Trukikaitis_Postimees, lk 65
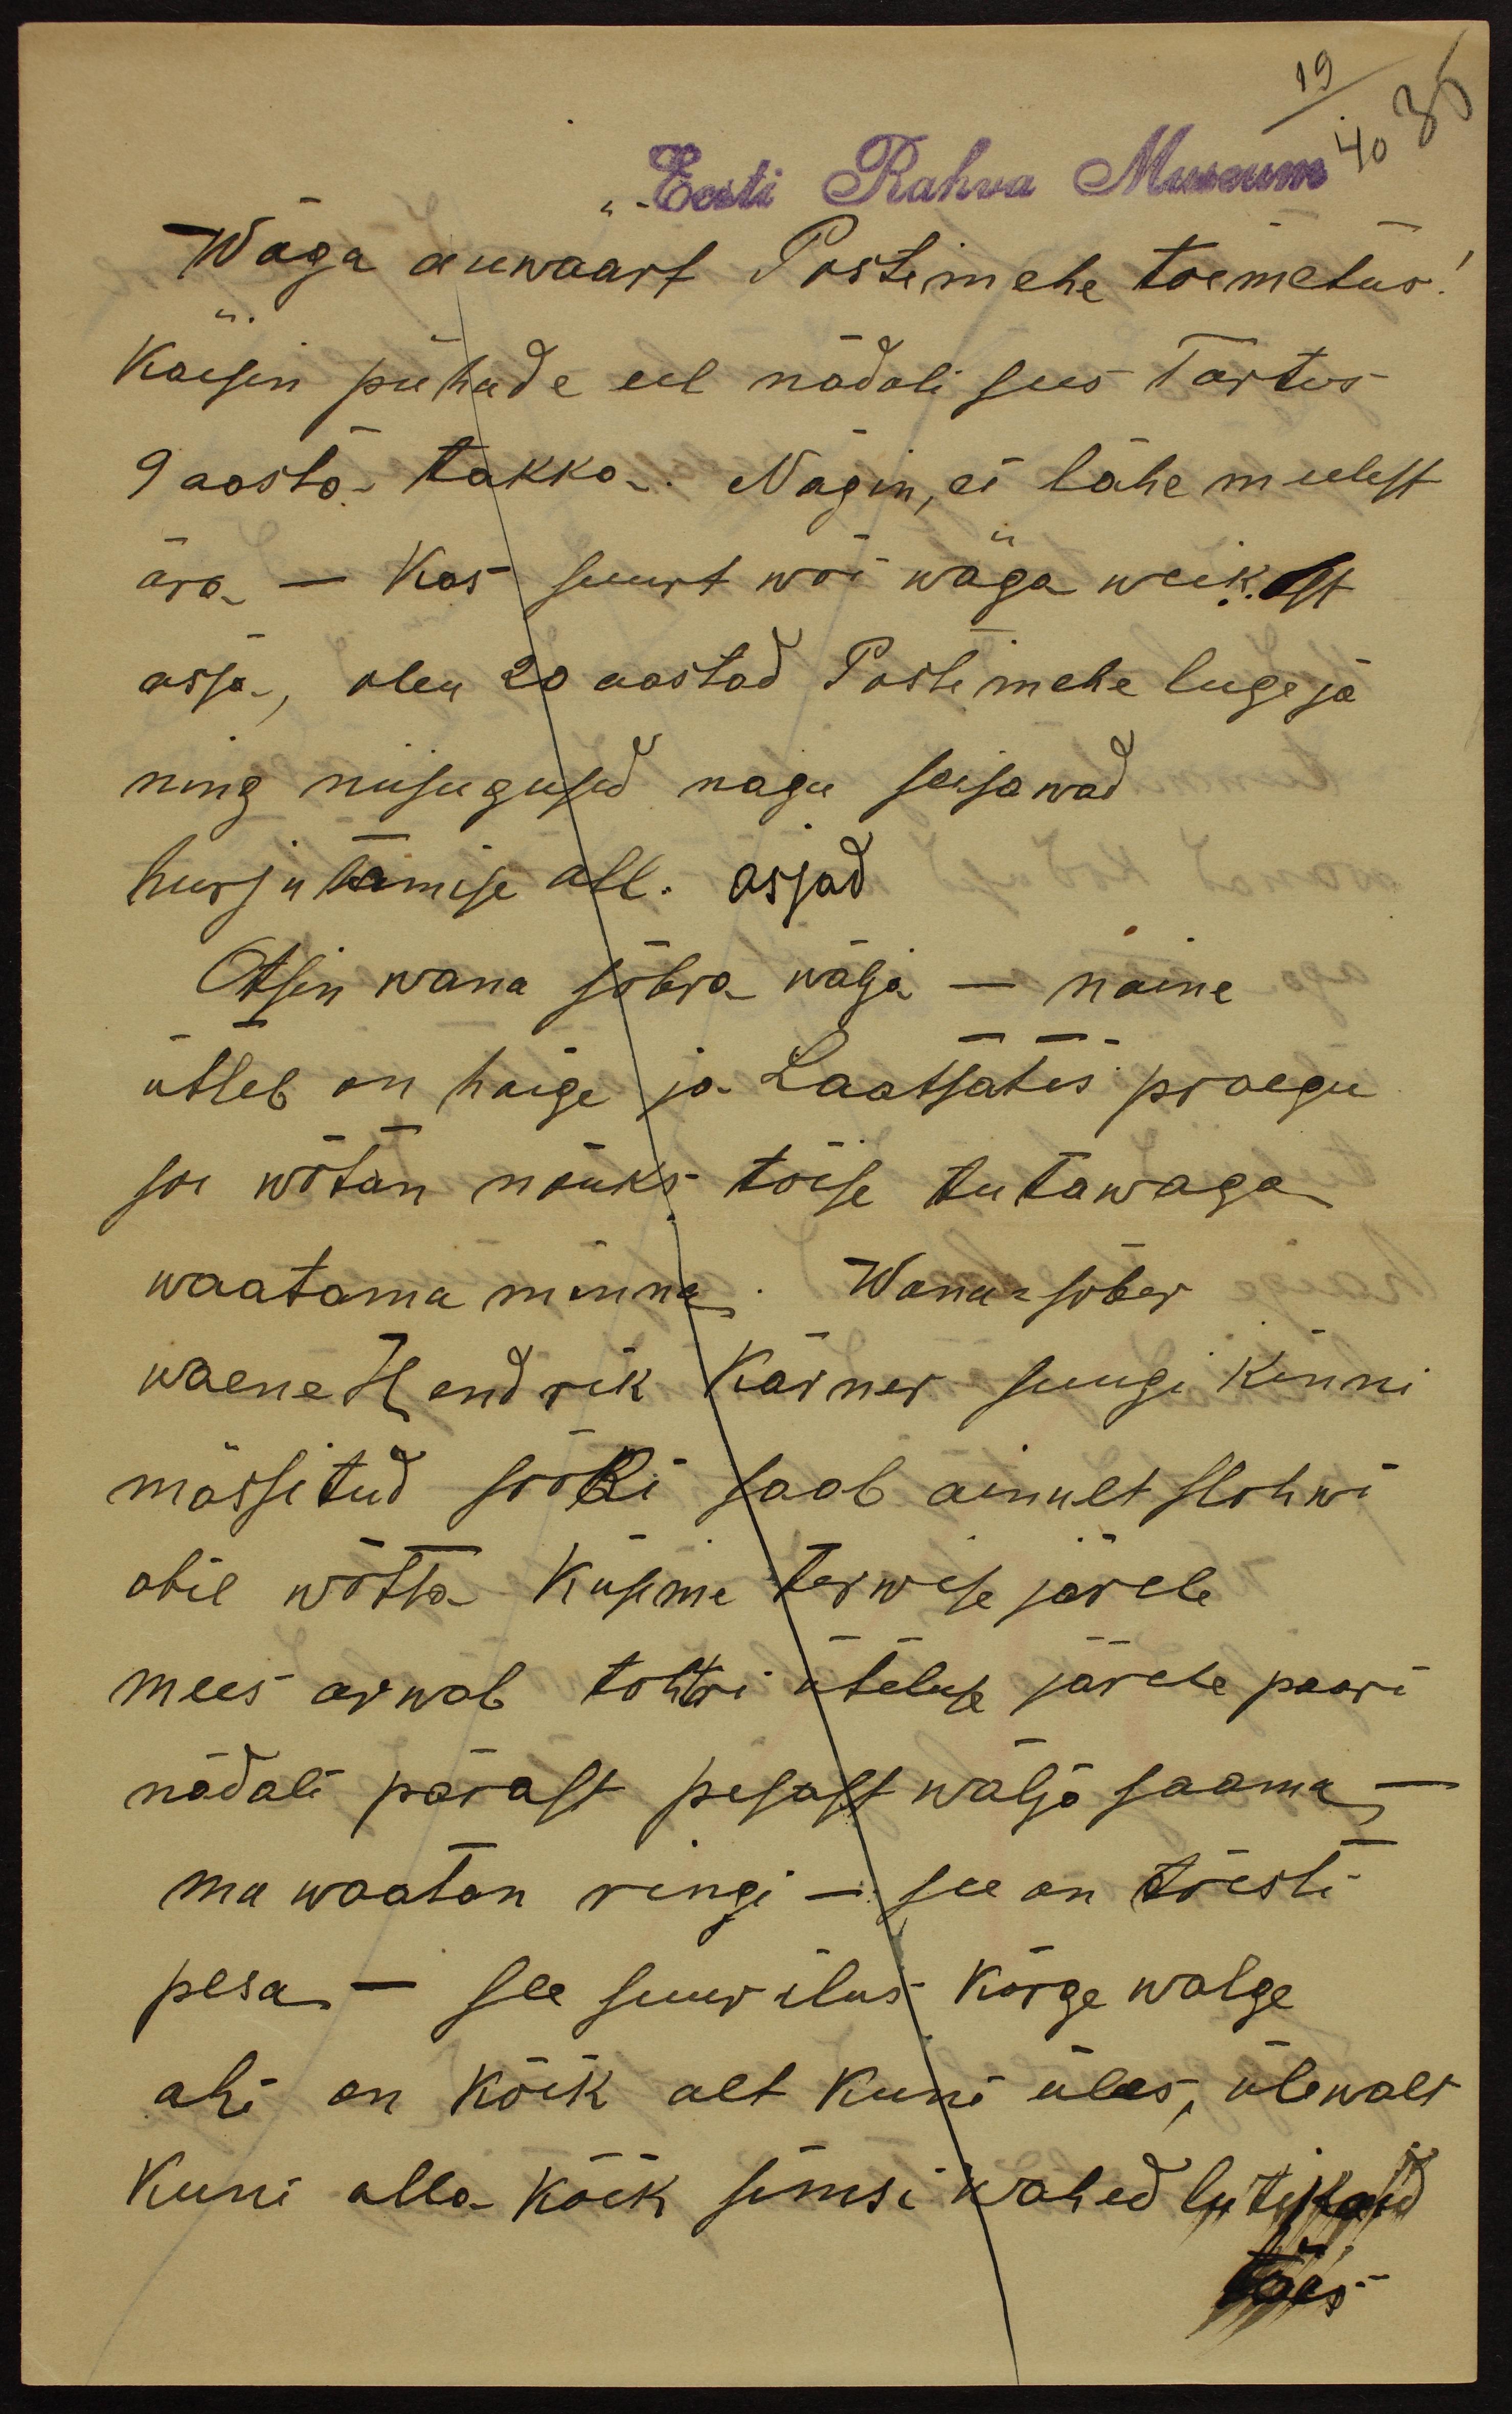
19
40 35
Eesti Rahva Museum
Wäga auwäärt Postimehe toimetus!
Käisin pühade eel nädali sees Tartus
9 aasta takka. Nägin, ei lähe meelest
ära - Kas suurt wõi wäga weikest
asja, olen 20 aastad Postimehe lugeja
ning niisugused nagu seisawad
hurjutamise all. asjad
Otsin wana sõbra wälja - naine
ütleb on haige ja Laatsates praegu
soe wõtan nõuks tõise tutawaga
waatama minna. Wana-sõber
waene Hendrik Kärner suugi kinni
mässitud sööki saab ainult slohwi
abil wõtta Küsime terwise järele
mees arwab tohtri üteluse järele paari
nädali pärast pesast wälja saama -
ma waatan ringi - see on tõesti
pesa - see suur ilus kõrge walge
ahi on kõik alt kuni üles, ülewalt
kuni alla kõik simsi wahed lutikaid
täis.